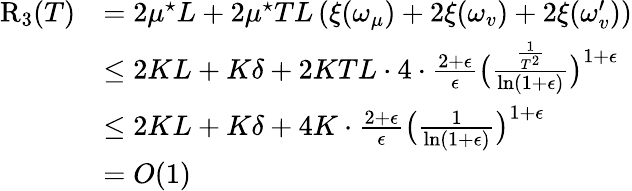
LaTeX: \begin{array}{rl}{\mathrm{R}_{3}(T)}&{=2\mu^{\star}L+2\mu^{\star}TL\left(\xi(\omega_{\mu})+2\xi(\omega_{v})+2\xi(\omega_{v}^{\prime})\right)}\\ &{\leq 2KL+K\delta+2KTL\cdot 4\cdot\frac{2+\epsilon}{\epsilon}\big(\frac{\frac{1}{T^{2}}}{\ln(1+\epsilon)}\big)^{1+\epsilon}}\\ &{\leq 2KL+K\delta+4K\cdot\frac{2+\epsilon}{\epsilon}\big(\frac{1}{\ln(1+\epsilon)}\big)^{1+\epsilon}}\\ &{=O(1)}\end{array}